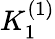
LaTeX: K_{1}^{(1)}